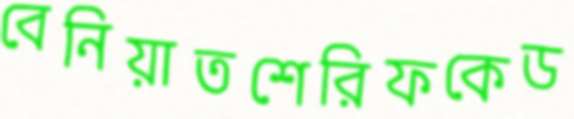
বেনিয়াতশেরিফকেড